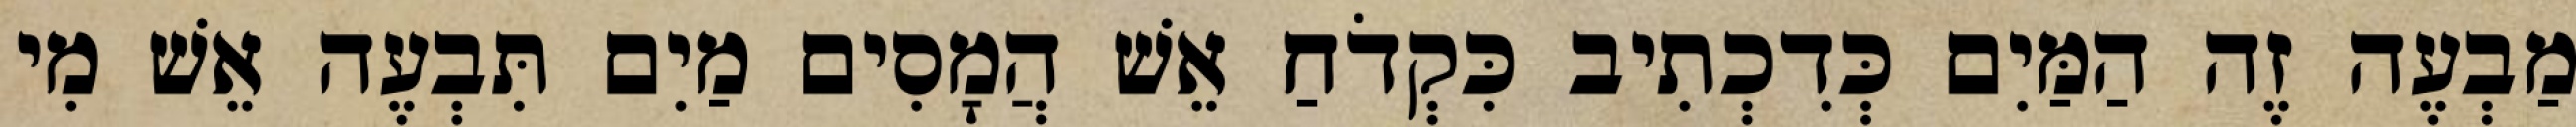
מַבְעֶה זֶה הַמַּיִם כְּדִכְתִיב כִּקְדֹחַ אֵשׁ הֲמָסִים מַיִם תִּבְעֶה אֵשׁ מִי